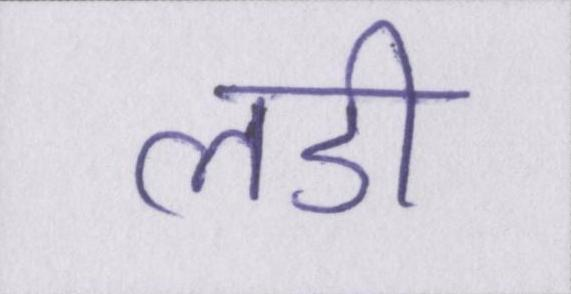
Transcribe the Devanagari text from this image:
लडी